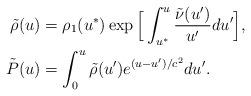
LaTeX: \begin{align*}\tilde{\rho}(u)&=\rho_1(u^*)\exp\Big[\int_{u^*}^u\frac{\tilde{\nu}(u')}{u'}du'\Big], \\\tilde{P}(u)&=\int_0^u\tilde{\rho}(u')e^{(u-u')/c^2}du'.\end{align*}